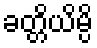
ခတ္တိယိမ္ပိ